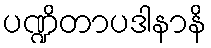
ပဏ္ဍိတာပဒါနာနိ